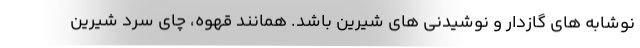
نوشابه های گازدار و نوشیدنی های شیرین باشد. همانند قهوه، چای سرد شیرین